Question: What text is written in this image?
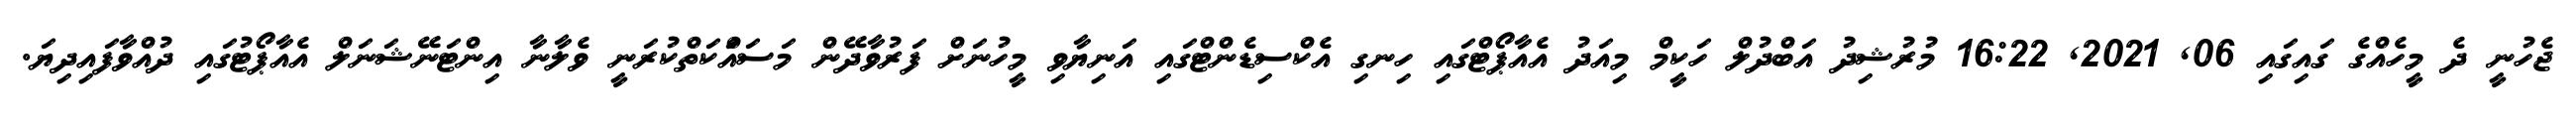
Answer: ޖެހުނީ ދެ މީހެއްގެ ގައިގައި 06, 2021, 16:22 މުރުޝިދު އަބްދުލް ހަކީމް މިއަދު އެއާޕޯޓްގައި ހިނގި އެކްސިޑެންޓްގައި އަނިޔާވި މީހުނަށް ފަރުވާދޭން މަސައްަކަތްކުރަނީ ވެލާނާ އިންޓަނޭޝަނަލް އެއާޕޯޓުގައި ދުއްވާފައިދިޔަ.